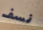
نسف